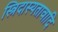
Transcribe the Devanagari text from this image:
स्त्रिदास्यतावादि